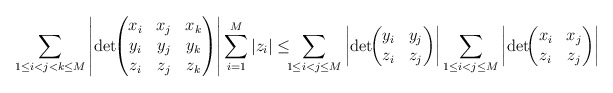
\begin{align*}\sum_{1 \le i < j < k \le M} \left |\det\!\!\begin{pmatrix}x_i & x_j & x_k \\y_i & y_j & y_k \\z_i & z_j & z_k\end{pmatrix}\right| \sum_{i=1}^M |z_i| \le \!\!\!\sum_{1 \le i < j \le M} \left |\det\!\!\begin{pmatrix}y_i & y_j \\z_i & z_j \end{pmatrix}\right|\sum_{1 \le i < j \le M} \left |\det\!\!\begin{pmatrix}x_i & x_j \\z_i & z_j \end{pmatrix}\right|\end{align*}